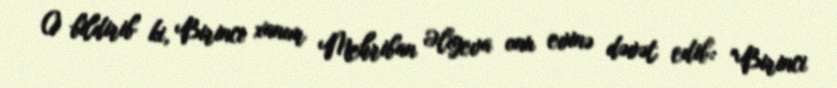
O bildirib ki, Birinci xanım Mehriban Əliyeva onu evinə dəvət edib: "Birinci